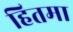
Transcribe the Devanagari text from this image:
हितमा